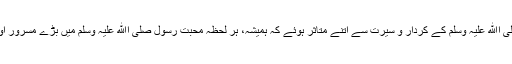
رسول پاک صلی اﷲ علیہ وسلم کے کردار و سیرت سے اتنے متاثر ہوئے کہ ہمیشہ، ہر لحظہ محبت رسول صلی اﷲ علیہ وسلم میں بڑے مسرور اور مگن رہتے۔